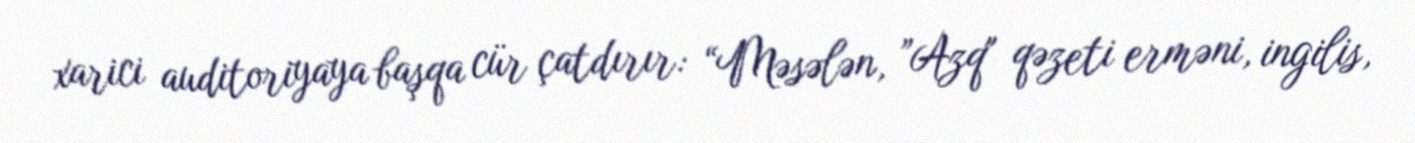
xarici auditoriyaya başqa cür çatdırır: “Məsələn, ”Azq" qəzeti erməni, ingilis,